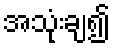
အသုံးချ၍